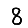
Digit: 8